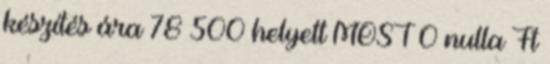
készítés ára 78 500 helyett MOST 0 nulla Ft